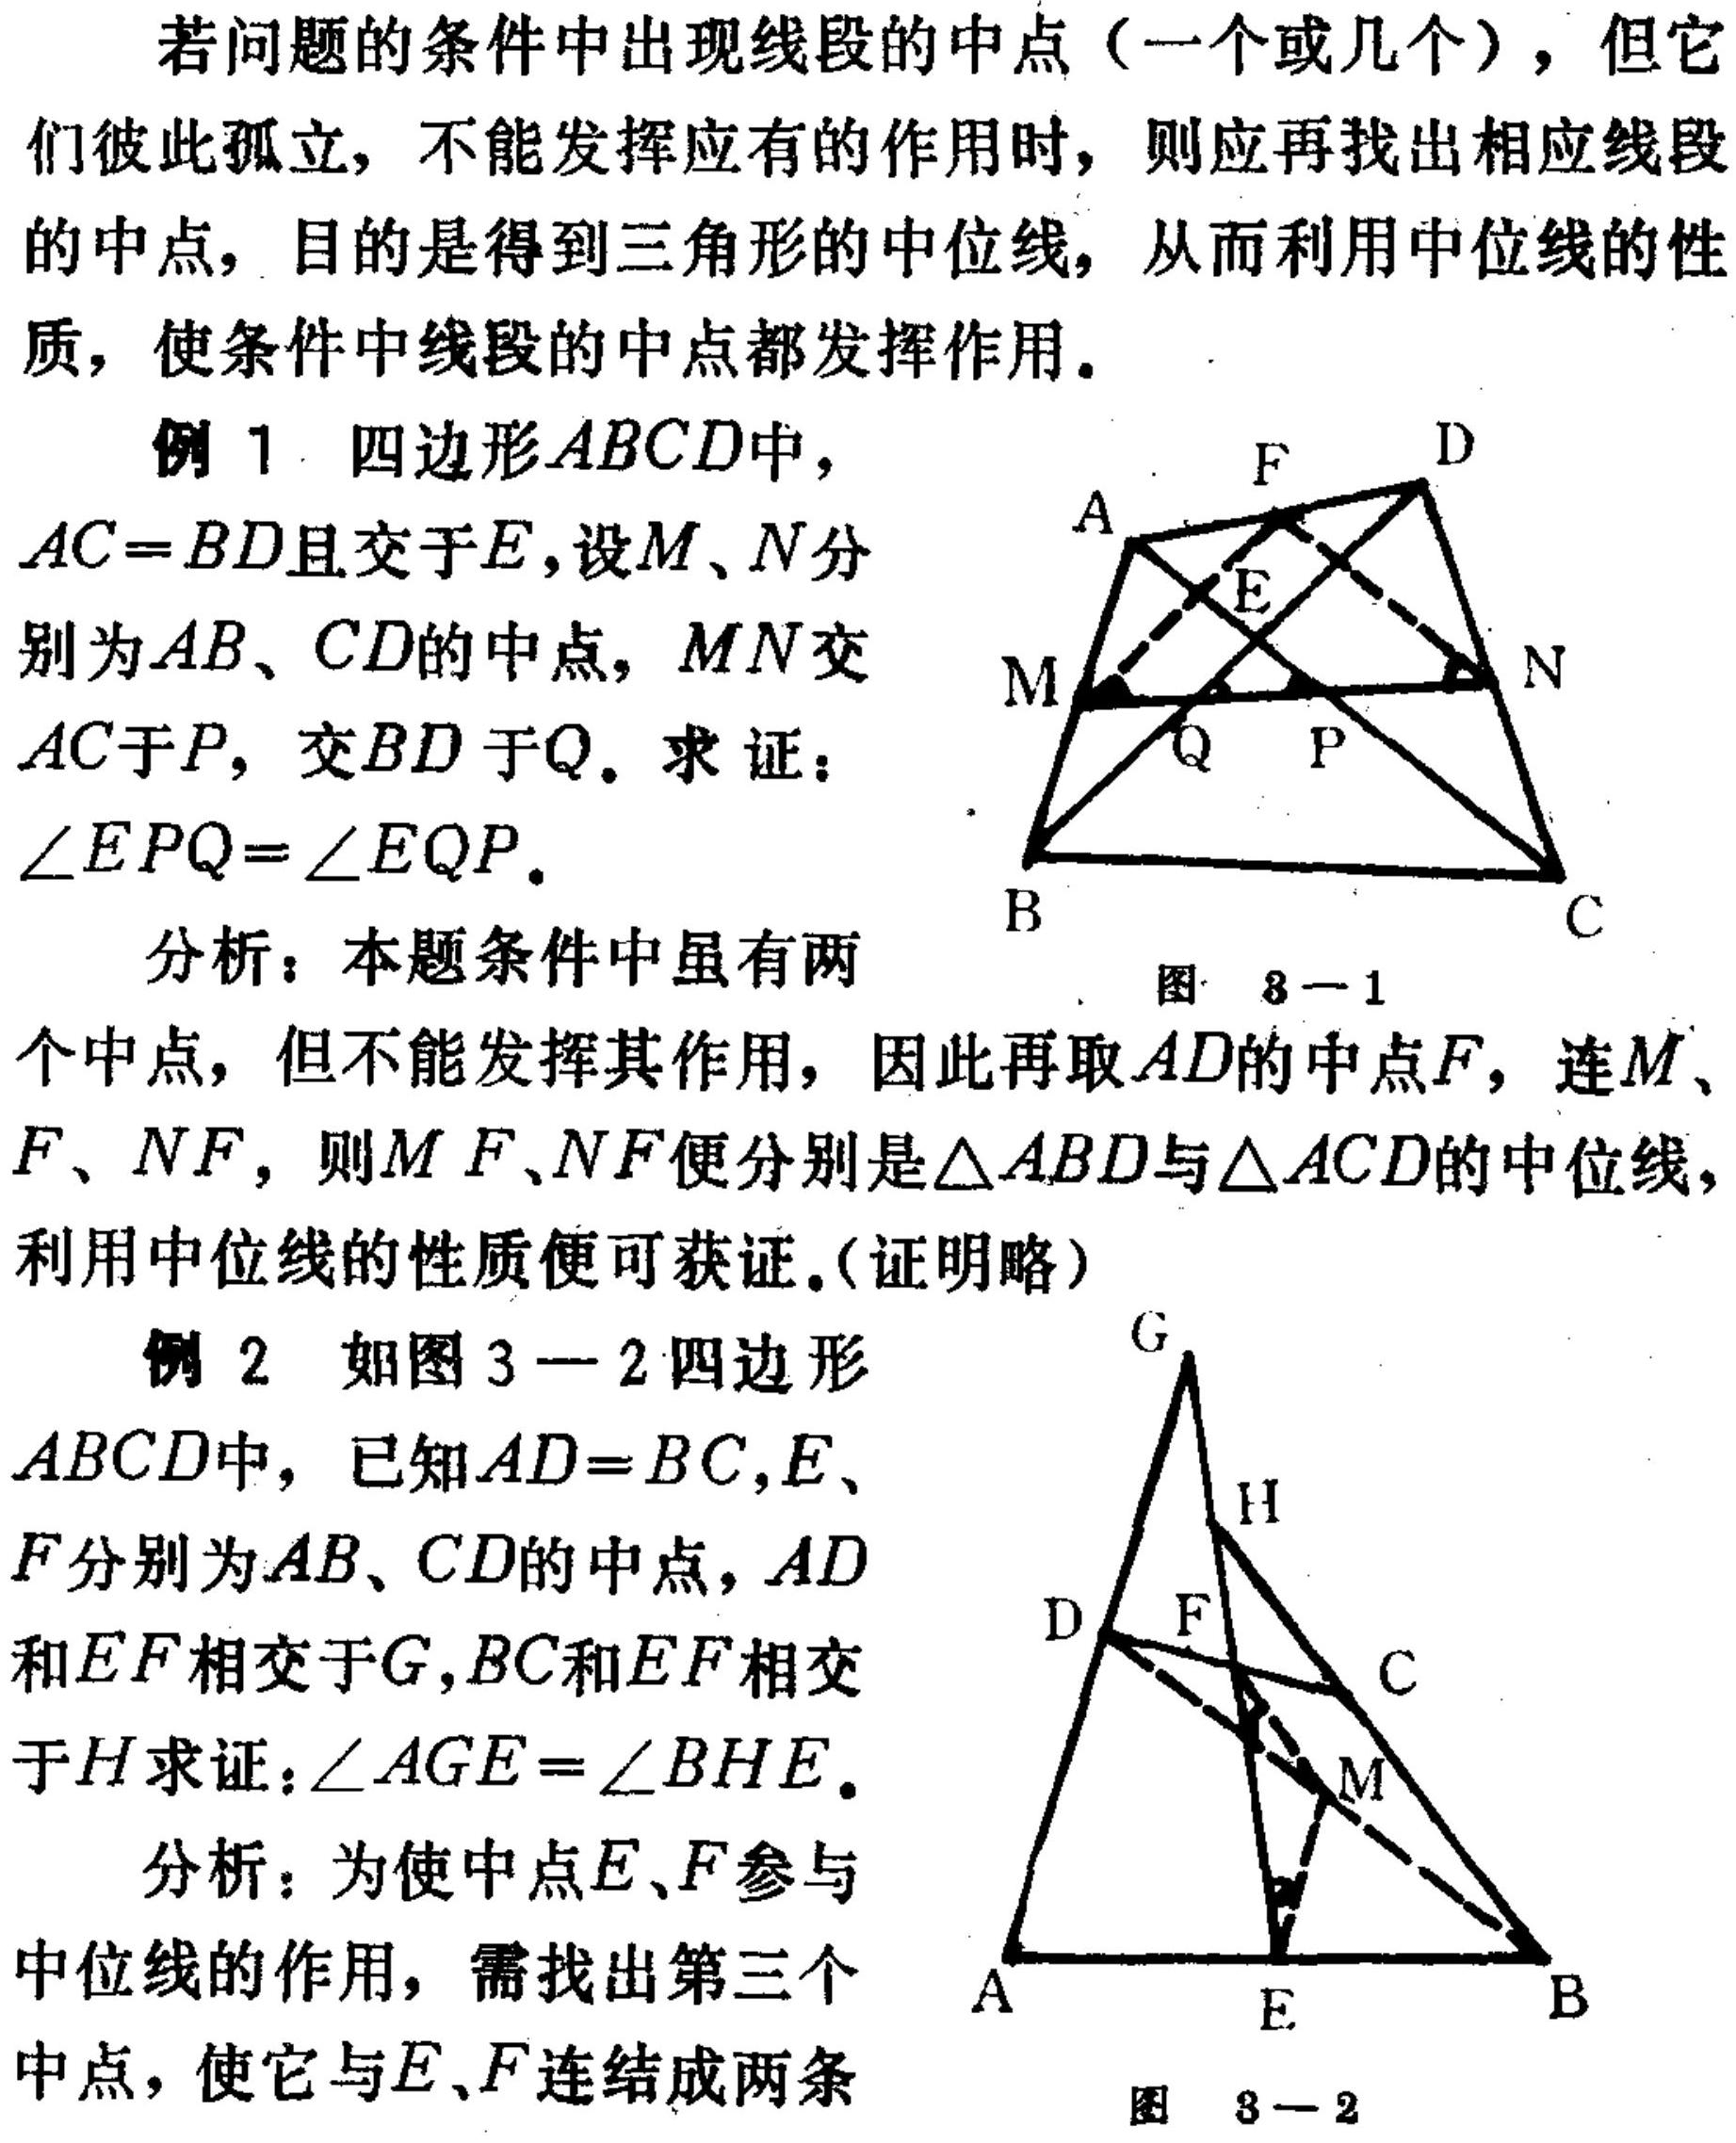
若问题的条件中出现线段的中点（一个或几个），但它们彼此孤立，不能发挥应有的作用时，则应再找出相应线段的中点，目的是得到三角形的中位线，从而利用中位线的性质，使条件中线段的中点都发挥作用。
例1. 四边形\(ABCD\)中，\(AC = BD\)且交于\(E\)，设\(M\)、\(N\)分别为\(AB\)、\(CD\)的中点，\(MN\)交\(AC\)于\(P\)，交\(BD\)于\(Q\)。求证：\(\angle EPQ=\angle EQP\)。
分析：本题条件中虽有两个中点，但不能发挥其作用，因此再取\(AD\)的中点\(F\)，连\(M\)、\(F\)、\(NF\)，则\(MF\)、\(NF\)便分别是\(\triangle ABD\)与\(\triangle ACD\)的中位线，利用中位线的性质便可获证。(证明略)
例2 如图3 - 2四边形\(ABCD\)中，已知\(AD = BC\)，\(E\)、\(F\)分别为\(AB\)、\(CD\)的中点，\(AD\)和\(EF\)相交于\(G\)，\(BC\)和\(EF\)相交于\(H\)求证：\(\angle AGE=\angle BHE\)。
分析：为使中点\(E\)、\(F\)参与中位线的作用，需找出第三个中点，使它与\(E\)、\(F\)连结成两条